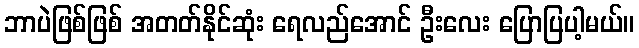
ဘာပဲဖြစ်ဖြစ် အတတ်နိုင်ဆုံး ရေလည်အောင် ဦးလေး ပြောပြပါ့မယ်။